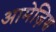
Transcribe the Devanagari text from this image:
आमेज़िश